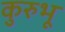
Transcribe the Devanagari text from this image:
कुरुभू